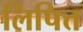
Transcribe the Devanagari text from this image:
लिपित्त